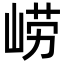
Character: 崂